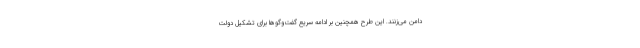
دامن می‌زنند. این طرح همچنین بر ادامه سریع گفت‌وگوها برای تشکیل دولت